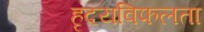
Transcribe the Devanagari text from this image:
हृदयविफलता